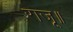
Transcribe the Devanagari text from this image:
राजू॥